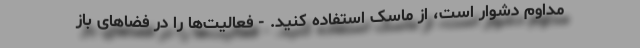
مداوم دشوار است، از ماسک استفاده کنید. - فعالیت‌ها را در فضاهای باز